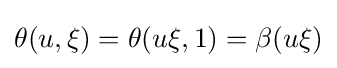
\theta (u,\xi )=\theta (u\xi ,1)=\beta (u\xi )